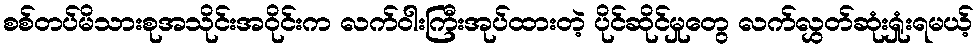
စစ်တပ်မိသားစုအသိုင်းအဝိုင်းက လက်ဝါးကြီးအုပ်ထားတဲ့ ပိုင်ဆိုင်မှုတွေ လက်လွှတ်ဆုံးရှုံးရမယ့်